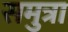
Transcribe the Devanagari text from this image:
समुत्रा